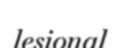
lesional